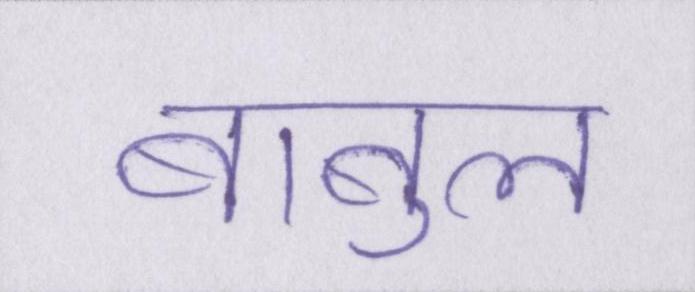
बाबुल